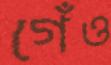
গেঁও